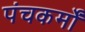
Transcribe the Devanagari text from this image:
पंचकर्मों